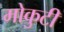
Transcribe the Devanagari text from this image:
मोकुटी